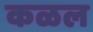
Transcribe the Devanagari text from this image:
कळल